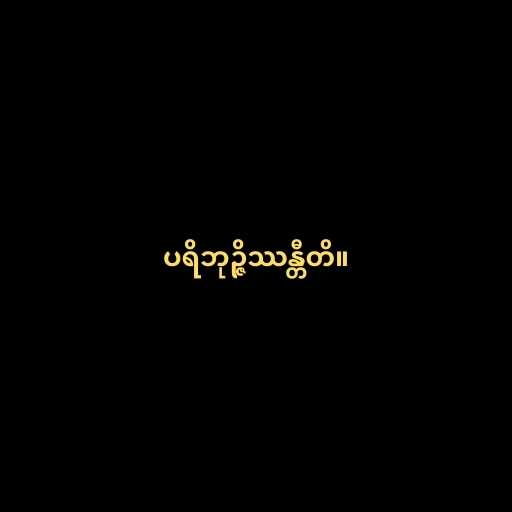
ပရိဘုဉ္ဇိဿန္တီတိ။